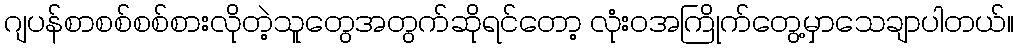
ဂျပန်စာစစ်စစ်စားလိုတဲ့သူတွေအတွက်ဆိုရင်တော့ လုံးဝအကြိုက်တွေ့မှာသေချာပါတယ်။